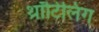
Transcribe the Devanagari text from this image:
थ्रॉटिलिंग